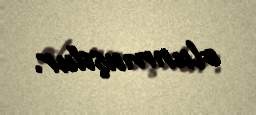
olunmuşdur.